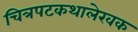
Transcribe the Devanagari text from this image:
चित्रपटकथालेखक